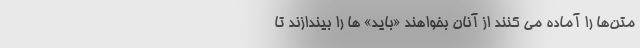
متن‌ها را آماده می کنند از آنان بخواهند «باید» ها را بیندازند تا